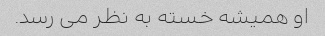
او همیشه خسته به نظر می رسد.